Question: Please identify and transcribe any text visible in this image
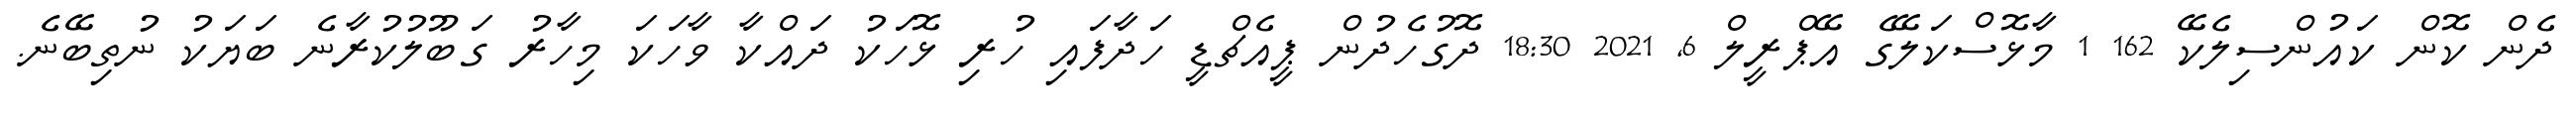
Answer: ދެން ކޮން ކައުންސިލެކޭ 162 1 މާޅޮސްކަލޭގެ އޭޕްރީލް 6, 2021 18:30 ދޮގުހެދުން ޕީއެޗްޑީ ހަދާފައި ހުރި ޅޮހަކު ދައްކާ ވާހަކަ މިހާރު ގަބޫލުކުރާނެ ބަޔަކު ނުތިބޭނެ.